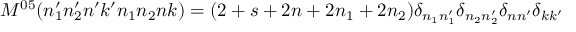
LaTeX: M ^ { 0 5 } ( n _ { 1 } ^ { \prime } n _ { 2 } ^ { \prime } n ^ { \prime } k ^ { \prime } n _ { 1 } n _ { 2 } n k ) = ( 2 + s + 2 n + 2 n _ { 1 } + 2 n _ { 2 } ) \delta _ { n _ { 1 } n _ { 1 } ^ { \prime } } \delta _ { n _ { 2 } n _ { 2 } ^ { \prime } } \delta _ { n n ^ { \prime } } \delta _ { k k ^ { \prime } }